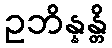
ဥဘိန္နန္တိ